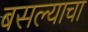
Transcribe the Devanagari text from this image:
बसल्याचा